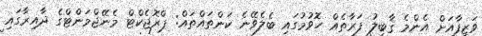
ވަޒީފާއަށް އެންމެ ޤާބިލު ފަރާތެއް ހޮވުމުގައި ބެލެވޭނެ ކަންތައްތައް: ޕްރޮޖެކްޓް މެނޭޖްމަންޓްގެ ދާއިރާގައި